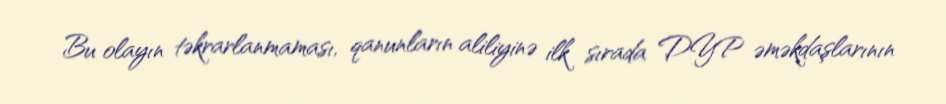
Bu olayın təkrarlanmaması, qanunların aliliyinə ilk sırada DYP əməkdaşlarının